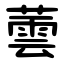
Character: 蕓